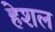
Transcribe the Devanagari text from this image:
हेशल